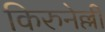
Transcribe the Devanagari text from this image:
किरुनेल्ली